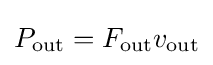
P_{\text{out}}=F_{\text{out}}v_{\text{out}}